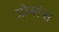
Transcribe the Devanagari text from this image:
प्रोवांस